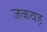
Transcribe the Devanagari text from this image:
जकवड़